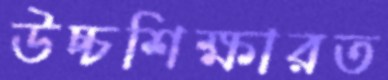
উচ্চশিক্ষারত